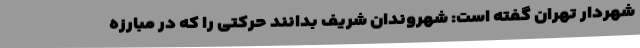
شهردار تهران گفته است: شهروندان شریف بدانند حرکتی را که در مبارزه